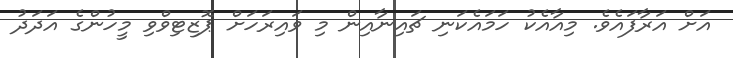
އަށް އަރާފައެވެ. މިއާއެކު ހަމައެކަނި ޗައިނާއިން މި ވައިރަހަށް ޕޮޒިޓިވްވި މީހުންގެ އަދަދު